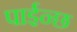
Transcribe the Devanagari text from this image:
पाईन्छ